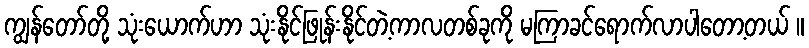
ကျွန်တော်တို့ သုံးယောက်ဟာ သုံးနိုင်ဖြုန်းနိုင်တဲ့ကာလတစ်ခုကို မကြာခင်ရောက်လာပါတော့တယ် ။